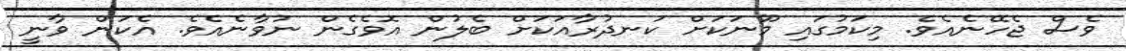
ވެސް ޖެހޭނެއެވެ. މިކަމުގައި މޫނަކަށް ކަނދުރާއަކަށް ބެލުން އޮވެގެން ނުވާނެއެވެ. އެކަން ވާނީ